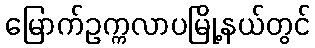
မြောက်ဥက္ကလာပမြို့နယ်တွင်